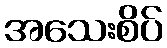
အသေးစိပ်